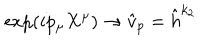
\exp \left( i p _ { \mu } X ^ { \mu } \right) \rightarrow \hat { v } _ { p } = \hat { h } ^ { k _ { 2 } }